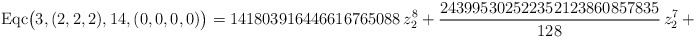
\begin{align*}\mathrm{Eqc}\big(3,(2,2,2),14,(0,0,0,0)\big)=141803916446616765088\,{z}_{2}^{8}+\frac{243995302522352123860857835}{128}\,{z}_{2}^{7}+\dots\end{align*}